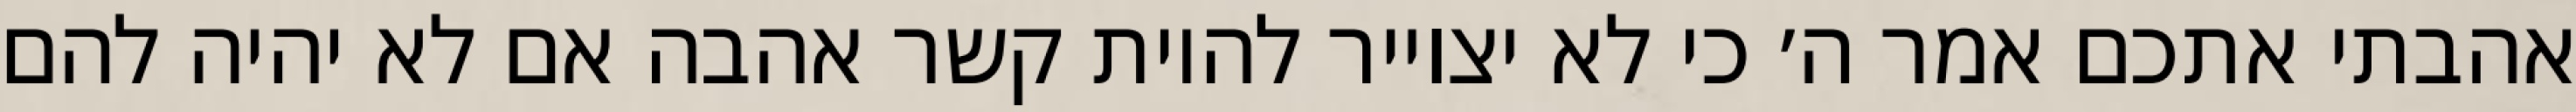
אהבתי אתכם אמר ה׳ כי לא יצוייר להיות קשר אהבה אם לא יהיה להם